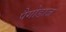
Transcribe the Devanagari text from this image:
पैगोडाज